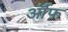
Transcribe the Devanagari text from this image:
र्ऑफ